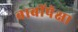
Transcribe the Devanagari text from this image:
बाबींपेक्षा